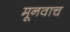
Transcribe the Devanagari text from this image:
मूनवाच